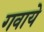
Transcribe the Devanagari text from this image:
गवाये